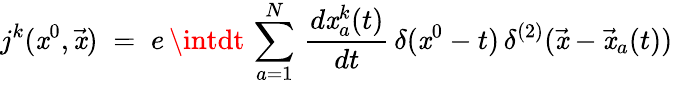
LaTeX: j^{k}(\mathit{x}^{0},{\vec{{\mathit{x}}}})\; =\; e\, \intdt\, \sum_{a=1}^{N}\, \frac{{d\mathit{x}_{a}^{k}(t)}}{{dt}}\, \delta(\mathit{x}^{0}-t)\, \delta^{(2)}({\vec{{\mathit{x}}}}-{\vec{{\mathit{x}}}}_{a}(t))